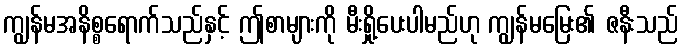
ကျွန်မအနိစ္စရောက်သည်နှင့် ဤစာများကို မီးရှို့ပေးပါမည်ဟု ကျွန်မမြေး၏ ဇနီးသည်